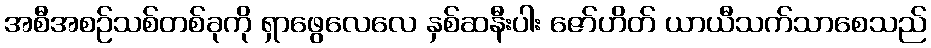
အစီအစဉ်သစ်တစ်ခုကို ရှာဖွေလေလေ နှစ်ဆနီးပါး ဇော်ဟိတ် ယာယီသက်သာစေသည်